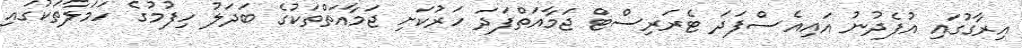
އިރާގުގައި އުފެދުނު އައިއެސްފަދަ ޓެރަރިސްޓް ޖަމާއަތްފަދަ ހަރުކަށި ޖަމާއަތްތަކުގެ ބަދަލު ހިފުމުގެ ހަމަލާތަކުގައި